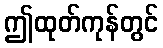
ဤထုတ်ကုန်တွင်